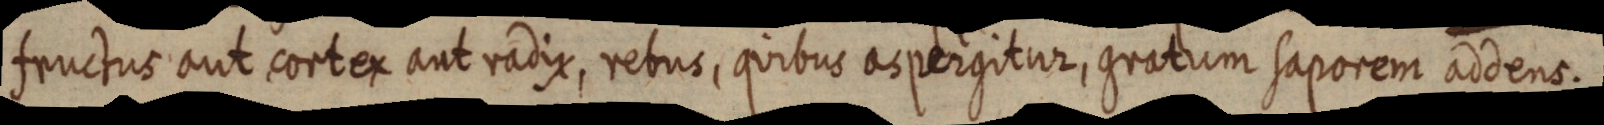
fructus aut cortex aut radix, rebus, quibus aspergitur, gratum saporem addens.